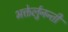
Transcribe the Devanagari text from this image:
भक्तेर्लुनन्ती